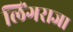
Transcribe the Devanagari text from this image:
लिंगराजा